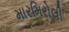
મારમિરોલી